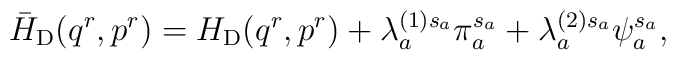
\bar{H}_{\rm D}(q^r,p^r)=H_{\rm D}(q^r,p^r) + \lambda_a^{(1)s_a}\pi_a^{s_a} +\lambda_a^{(2)s_a}\psi_a^{s_a},